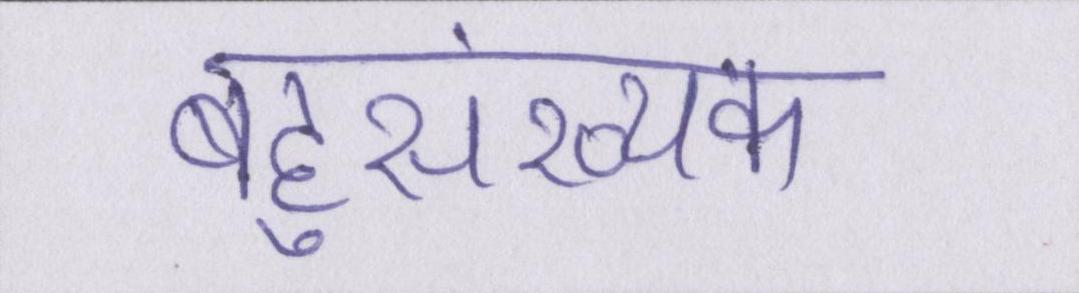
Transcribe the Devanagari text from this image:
बहुसंख्यक